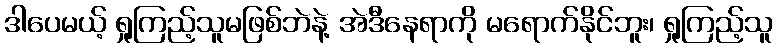
ဒါပေမယ့် ရှုကြည့်သူမဖြစ်ဘဲနဲ့ အဲဒီနေရာကို မရောက်နိုင်ဘူး၊ ရှုကြည့်သူ